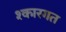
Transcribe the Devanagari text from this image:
श्कारगत